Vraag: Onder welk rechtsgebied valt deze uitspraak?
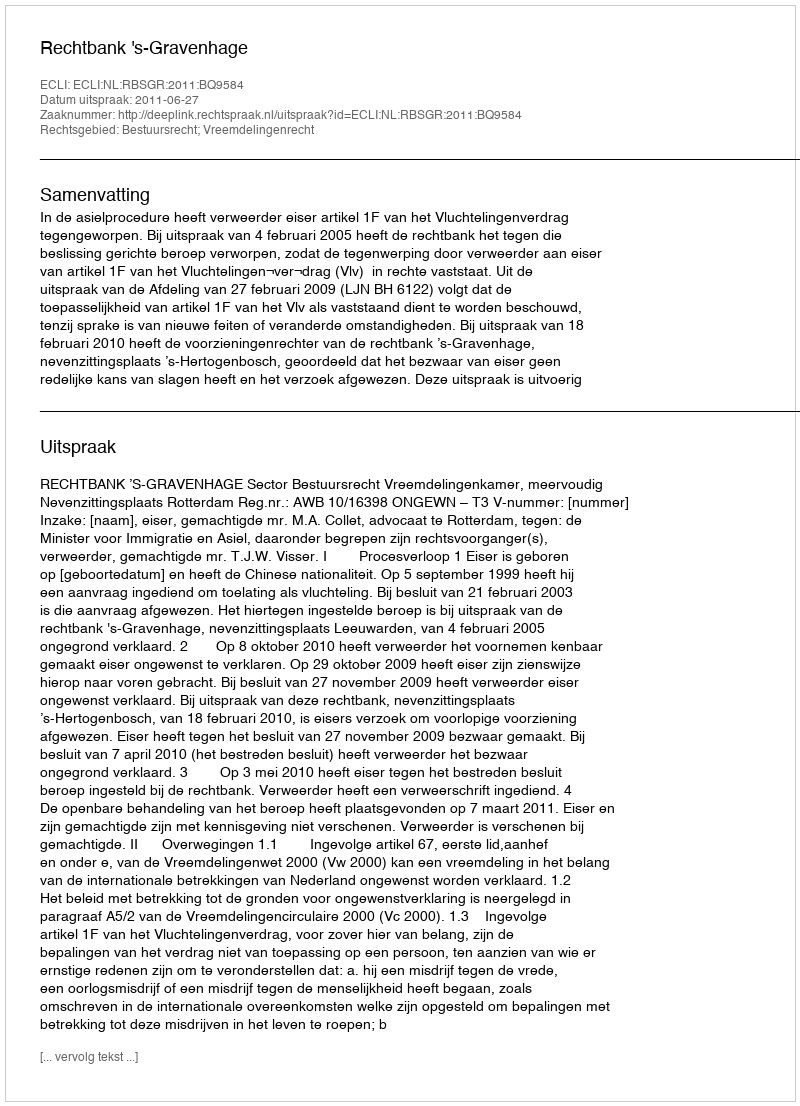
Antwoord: Bestuursrecht; Vreemdelingenrecht